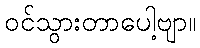
ဝင်သွားတာပေါ့ဗျာ။